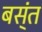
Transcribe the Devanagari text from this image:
बस्ंत